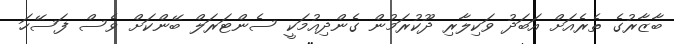
ބާޒާރުގެ ތެރެއަށް އަބަދު ވަކިލާރި ދޫކުރަމުން ގެންދިއުމަކީ ސެންޓަރަލް ބޭންކަށް ވެސް ފަސޭހަ